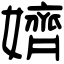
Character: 𡣙